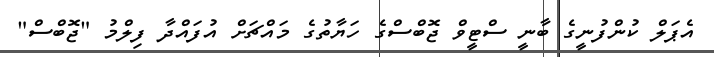
އެޕަލް ކުންފުނީގެ ބާނީ ސްޓީވް ޖޮބްސްގެ ހަޔާތުގެ މައްޗަށް އުފައްދާ ފިލްމު "ޖޮބްސް"